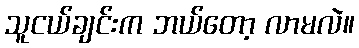
သူငယ်ချင်းက ဘယ်တော့ လာမလဲ။